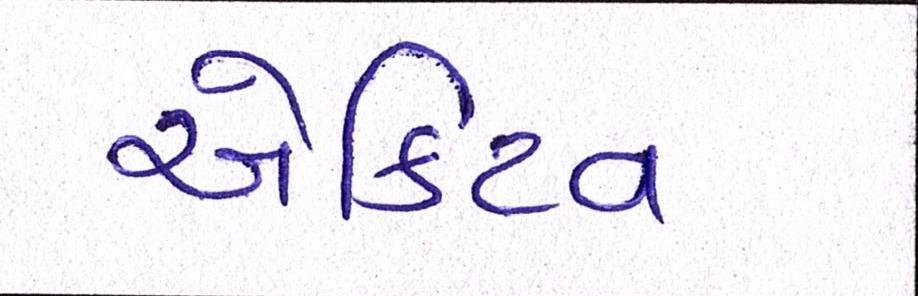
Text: એક્ટિવ